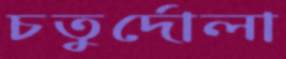
চতুর্দোলা